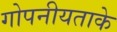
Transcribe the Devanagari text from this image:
गोपनीयताके